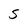
Character: S